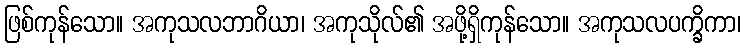
ဖြစ်ကုန်သော။ အကုသလဘာဂိယာ၊ အကုသိုလ်၏ အဖို့ရှိကုန်သော။ အကုသလပက္ခိကာ၊